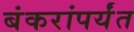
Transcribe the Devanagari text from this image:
बंकरांपर्यंत